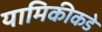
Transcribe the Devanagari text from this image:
यामिकीकडे